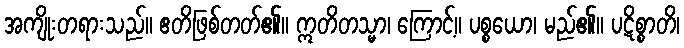
အကျိုးတရားသည်။ ဧတိဖြစ်တတ်၏။ ဣတိတသ္မာ၊ ကြောင့်။ ပစ္စယော၊ မည်၏။ ပဋိစ္စာတိ၊